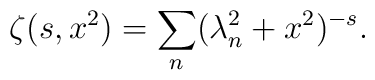
\zeta(s,x^2)=\sum_{n}(\lambda_n^2+x^2)^{-s}{.}